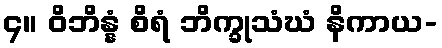
၄။ ဝိဘိန္နံ စိရံ ဘိက္ခုသံဃံ နိကာယ-